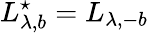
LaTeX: L_{\lambda,b}^{\star}=L_{\lambda,-b}